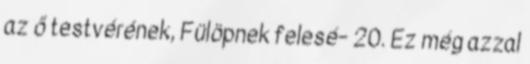
az ő testvérének, Fülöpnek felesé− 20. Ez még azzal